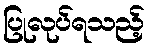
ပြုလုပ်ရသည့်